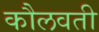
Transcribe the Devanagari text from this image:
कौलवती